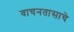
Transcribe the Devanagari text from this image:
वाचनतासाचे